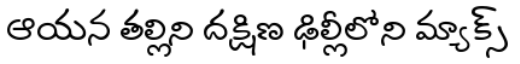
ఆయన తల్లిని దక్షిణ ఢిల్లీలోని మ్యాక్స్